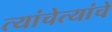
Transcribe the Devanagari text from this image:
त्यांचेत्यांचे